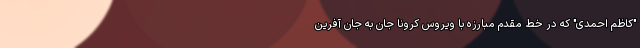
"کاظم احمدی" که در خط مقدم مبارزه با ویروس کرونا جان به جان آفرین